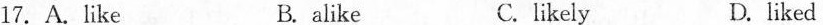
17.A.Like B. alike C. likely D. liked